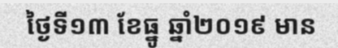
ថ្ងៃទី១៣ ខែធ្នូ ឆ្នាំ២០១៩ មាន